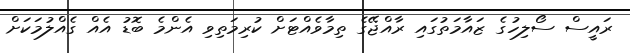
ރައީސް ސޯލިހުގެ ޒައާމަތުގައި ރާއްޖޭގެ ތިމާވެއްޓަށް ކުރިމަތިވި އެންމެ ބޮޑު އެއް ގެއްލުމަކަށް